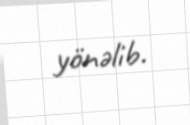
yönəlib.